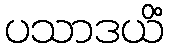
ပသာဒယိံ